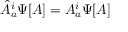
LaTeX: { \hat { A } } _ { a } ^ { i } \Psi [ A ] = A _ { a } ^ { i } \Psi [ A ]